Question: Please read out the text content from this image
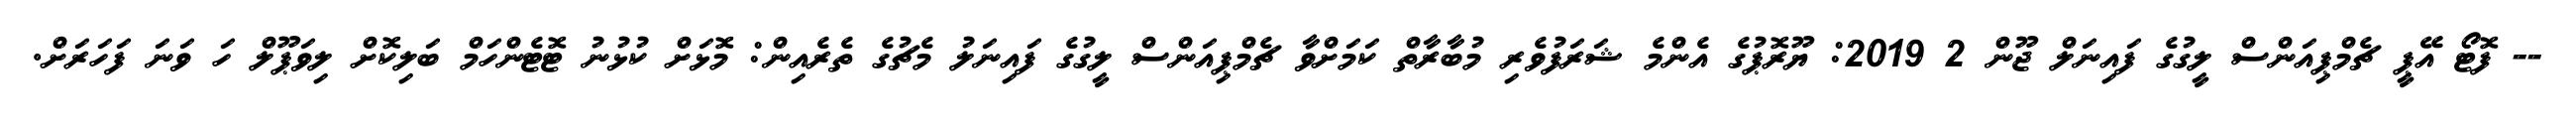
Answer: -- ފޮޓޯ އޭޕީ ޗެމްޕިއަންސް ލީގުގެ ފައިނަލް ޖޫން 2 2019: ޔޫރޮޕުގެ އެންމެ ޝަރަފުވެރި މުބާރާތް ކަމަށްވާ ޗެމްޕިއަންސް ލީގުގެ ފައިނަލު މެޗުގެ ތެރެއިން: މޮޅަށް ކުޅުނު ޓޮޓެންހަމް ބަލިކޮށް ލިވަޕޫލް ހަ ވަނަ ފަހަރަށް.